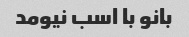
بانو با اسب نیومد